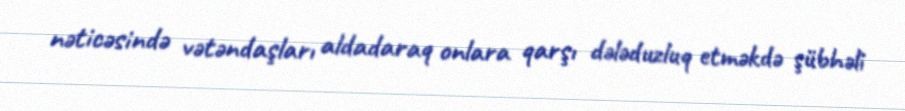
nəticəsində vətəndaşları aldadaraq onlara qarşı dələduzluq etməkdə şübhəli